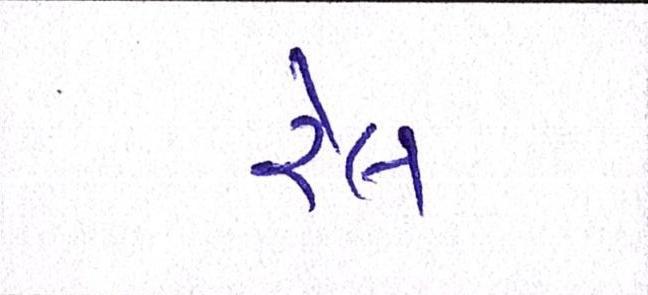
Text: રેલ